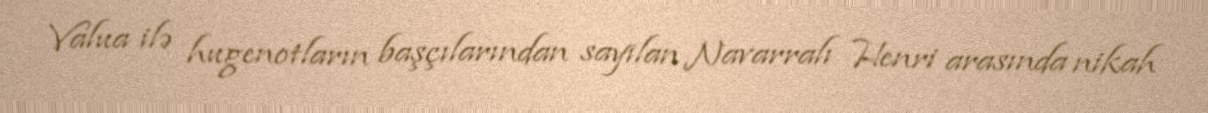
Valua ilə hugenotların başçılarından sayılan Navarralı Henri arasında nikah